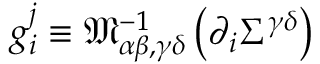
g _ { i } ^ { j } \equiv \mathfrak { M } _ { \alpha \beta , \gamma \delta } ^ { - 1 } \left( \partial _ { i } \Sigma ^ { \gamma \delta } \right)